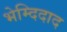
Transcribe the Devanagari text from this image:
भेम्दिदाद